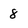
Character: 8